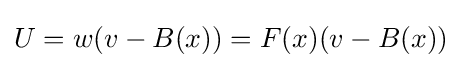
U=w(v-B(x))=F(x)(v-B(x))